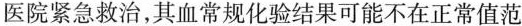
医院紧急救治，其血常规化验结果可能不在正常值范